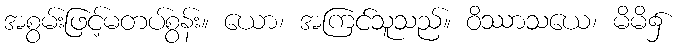
အစွမ်းဖြင့်မတပ်စွန်း။ ယော၊ အကြင်သူသည်။ ဝိဿာသယေ၊ မိမိ၌